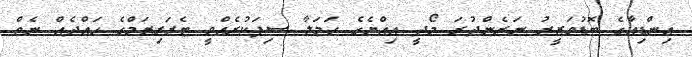
އިންޑިއާގެ ބޮޑުވަޒީރު ނަރެންދުރަ މޯދީ އިއްޔެގެ ހަމަލާ ސިފަކުރެއްވީ ޓެރަރިޒަމްގެ ހައްދެއް ނެތް